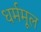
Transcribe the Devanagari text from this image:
धर्ममूल